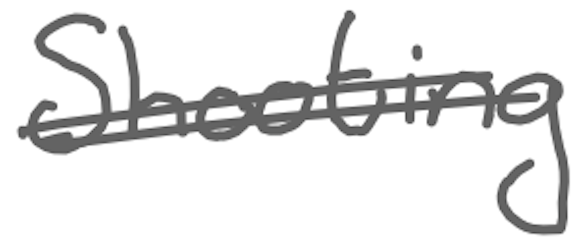
Text: Shooting
Cross-out: mix
Writing tool: digital_gray